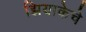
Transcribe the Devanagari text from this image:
झियाकेचे